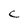
Character: C